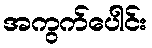
အကွက်ပေါင်း